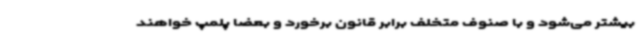
بیشتر می‌شود و با صنوف متخلف برابر قانون برخورد و بعضا پلمپ خواهند